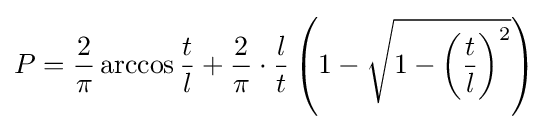
P={\frac {2}{\pi }}\arccos {\frac {t}{l}}+{\frac {2}{\pi }}\cdot {\frac {l}{t}}\left(1-{\sqrt {1-\left({\frac {t}{l}}\right)^{2}}}\right)